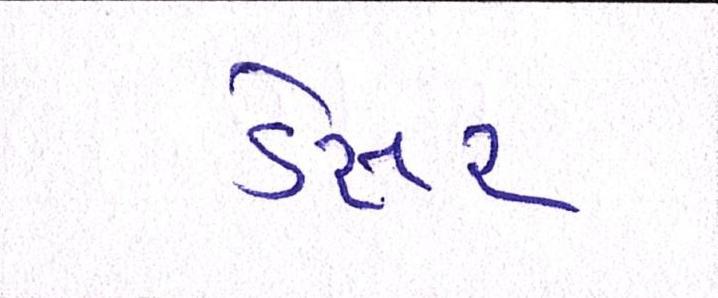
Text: ડેસર